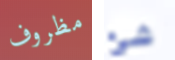
مظروف شئ